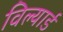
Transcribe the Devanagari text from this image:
विल्यार्ड